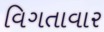
વિગતાવાર